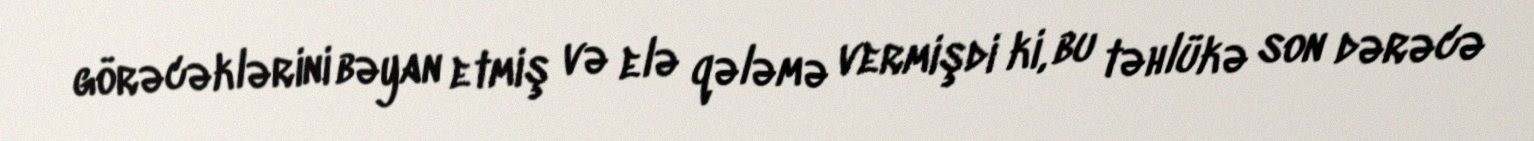
görəcəklərini bəyan etmiş və elə qələmə vermişdi ki, bu təhlükə son dərəcə